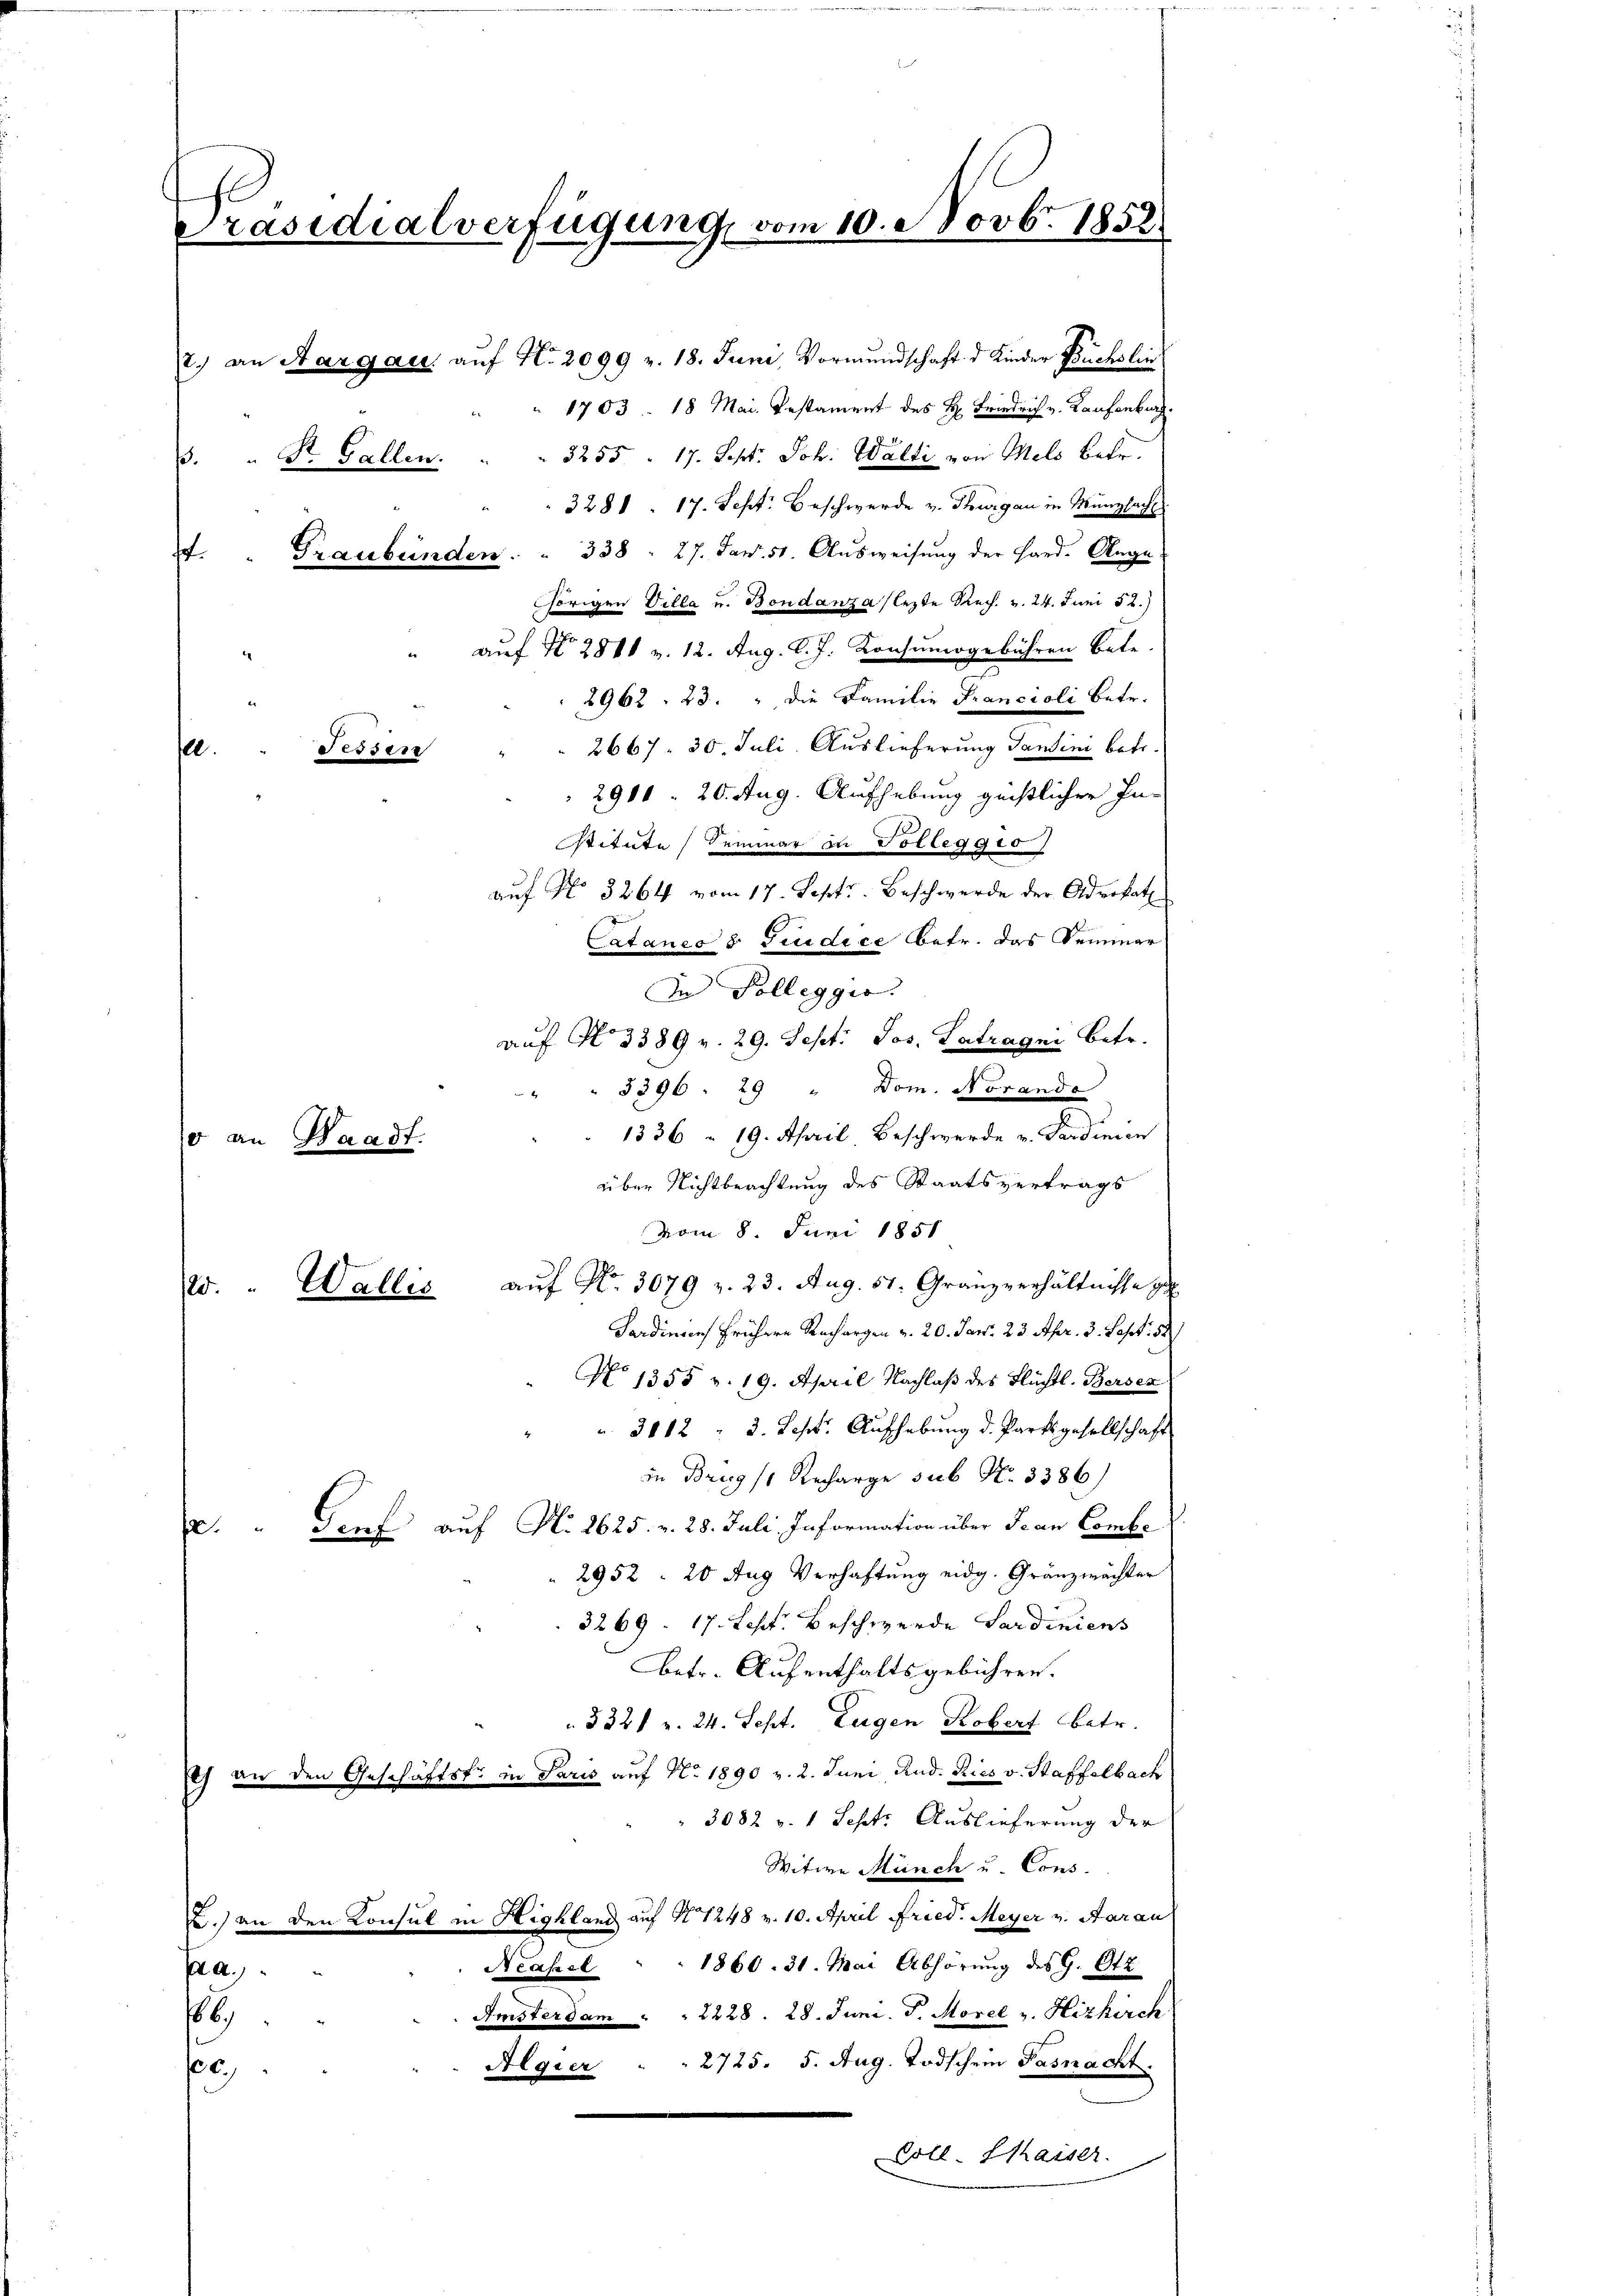
Präsidialverfügung, vom 10. Novbr. 1852.
2.) an Aargau, auf N. 2099 r. 18. Juni, Vormundschaft d. Kinder Buchslin
1703 18 Mai. Testament des H: Friedrich v. Laufenburg.
3255 - 17. Sept. Joh. Walti von Mels betr.
3. " St. Gallen.
3281. 17. Sept. Beschwerde v. Thurgau in Münzbach
4. " Graubünden . . 338: 27. Jan. 51. Ausweisung der Hand. Auge
hörigen Villa u. Bondanza lezte Rech. v. 24. Juni 52.)
" auf No 2811 v. 12. Aug. d. J. Konsumogebühren bete.
2962. 23. " die Familie Francioli betr.
2667. 30. Juli. Auslieferung Tantini betr.
Fessen
.
2911 - 20. Aug. Aufhebung geistlicher In-

o an Waadt.
." Wallis

Fardingen frühere Rechargen v. 20. Jan. 23. Apr. 3. Sept. 58
No 1355 v. 19. April Nachlaß des Flüchtl. Bersez
3012 : 3. Sept. Aufhebung d. Partsgesellschaft
in Brieg (1 Recharge sub No. 3386)
a. " Genf auf N. 2625. v. 28. Juli Information über Jean Combi
2952. 20 Aug Verhaftung eidg. Gränzwächter
3269. 17. Sept. Beschwerde Sardiniens
betr. Aufenthaltsgebühren.
3321 v. 24. Sept. Eugen Kobert betr.
Ich an den Geschäftst in Paris auf No 1890 v. 2. Juni Rud. Ries v. Staffelbach
3082 v. 1 Sept. Auslieferung der
Witwe Münch u. Cons.
L.) an den Konsul in Highland auf § 1248 v. 10. April Fried. Meyer v. Aarau
Neapel . . 1860. 31. Mai Abhörung des G. Otz
 a.
Amsterdam . . 2228. 28. Juni. J. Morel v. Hizkirch
86.
Algier . . 2725. 5. Aug. Todschein Pasnacht.
c
Coll. Staiser.

stitute Semmer in Volleggio
auf No 3264 vom 17. Sept. Beschwerde der Advokat
ataner 8 Tiudice betr. das Seminar
In Polleggio.
auf No 3389 v. 29. Sept. Jos. Latragen Betr.
3396. 29 " Dom. Noranda
4
1336 - 19. April Beschwerde v. Ferdinien

über Nichtbeachtung des Staatsvertrags
vom 8. Juni 1851
auf No. 3079 v. 23. Aug. 51. Granzverhältnisse z